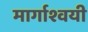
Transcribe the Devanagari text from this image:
मार्गाश्वयी